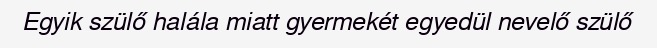
Egyik szülő halála miatt gyermekét egyedül nevelő szülő